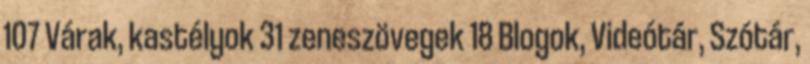
107 Várak, kastélyok 31 zeneszövegek 18 Blogok, Videótár, Szótár,